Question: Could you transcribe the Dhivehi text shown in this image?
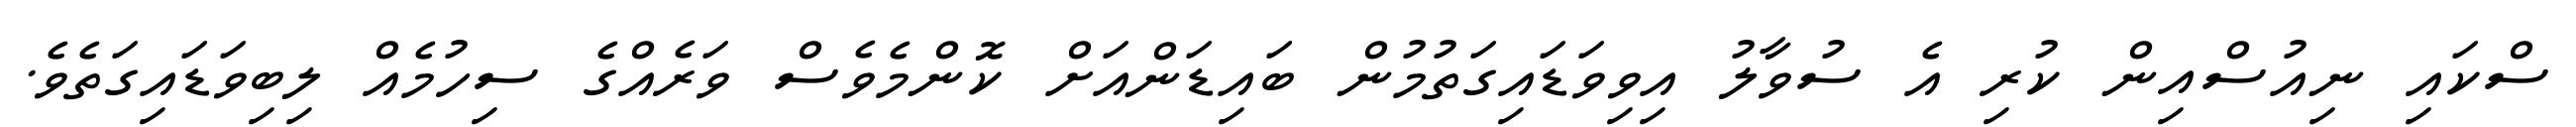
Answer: ސްކައި ނިއުސްއިން ކުރި އެ ސުވާލު އިވިވަޑައިގަތުމުން ބައިޑަންއަށް ކޮންމެވެސް ވަރެއްގެ ސިހުމެއް ލިބިވަޑައިގަތެވެ.